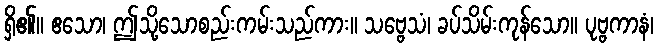
ရှိ၏။ ဧသော၊ ဤသို့သောစည်းကမ်းသည်ကား။ သဗ္ဗေသံ၊ ခပ်သိမ်းကုန်သော။ ပုဗ္ဗကာနံ၊